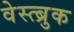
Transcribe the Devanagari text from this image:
वेस्त्ब्रुक